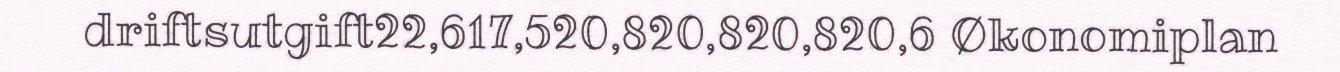
driftsutgift22,617,520,820,820,820,6 Økonomiplan